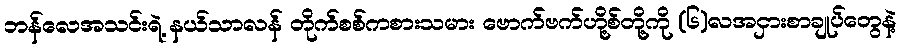
ဘန်လေအသင်းရဲ့ နယ်သာလန် တိုက်စစ်ကစားသမား ဗောက်ဗက်ဟို့စ်တို့ကို (၆)လအငှားစာချုပ်တွေနဲ့